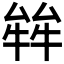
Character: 𤚅